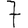
Digit: 7